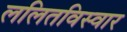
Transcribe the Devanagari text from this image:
ललितविस्वार